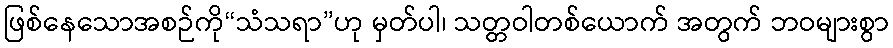
ဖြစ်နေသောအစဉ်ကို“သံသရာ”ဟု မှတ်ပါ၊ သတ္တဝါတစ်ယောက် အတွက် ဘဝများစွာ